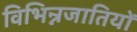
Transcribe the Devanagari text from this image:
विभिन्नजातियों